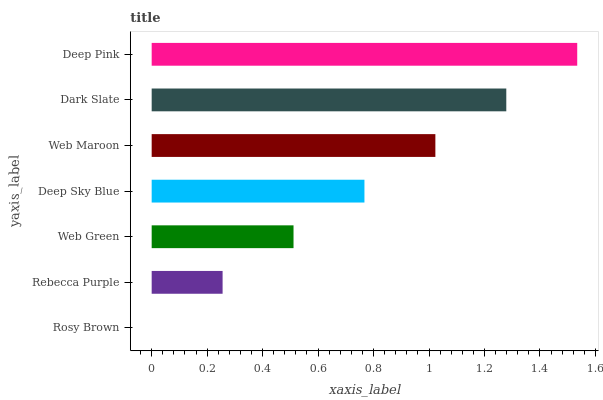
| yaxis_label | bars |
 | --- | --- |
 | Rosy Brown | 0 |
 | Rebecca Purple | 0.256 |
 | Web Green | 0.511 |
 | Deep Sky Blue | 0.767 |
 | Web Maroon | 1.02 |
 | Dark Slate | 1.28 |
 | Deep Pink | 1.53 |